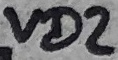
Text: VD2